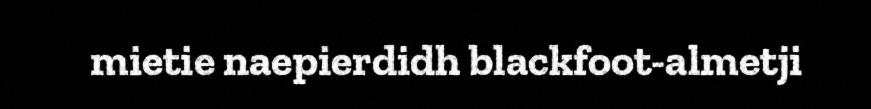
mietie naepierdidh blackfoot-almetji